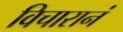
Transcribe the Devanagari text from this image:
विचारानं